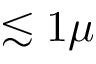
\lesssim 1 \mu